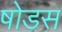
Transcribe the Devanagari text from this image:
षोडस